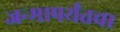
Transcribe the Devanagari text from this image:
जन्मापर्यंतचा